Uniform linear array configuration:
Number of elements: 32
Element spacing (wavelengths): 0.25
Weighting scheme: blackman
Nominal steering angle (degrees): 0
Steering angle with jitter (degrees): -1.939
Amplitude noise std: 0.05
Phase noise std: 0.05

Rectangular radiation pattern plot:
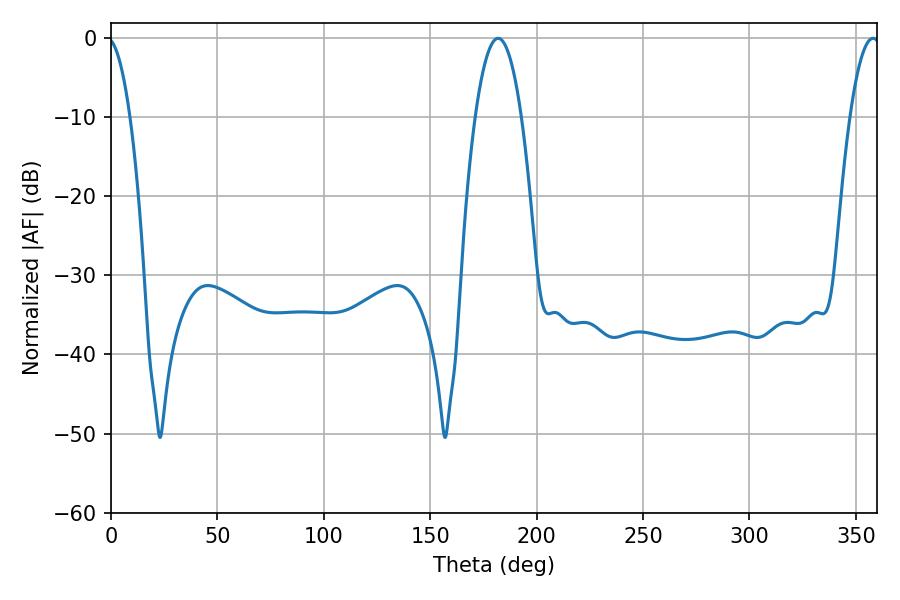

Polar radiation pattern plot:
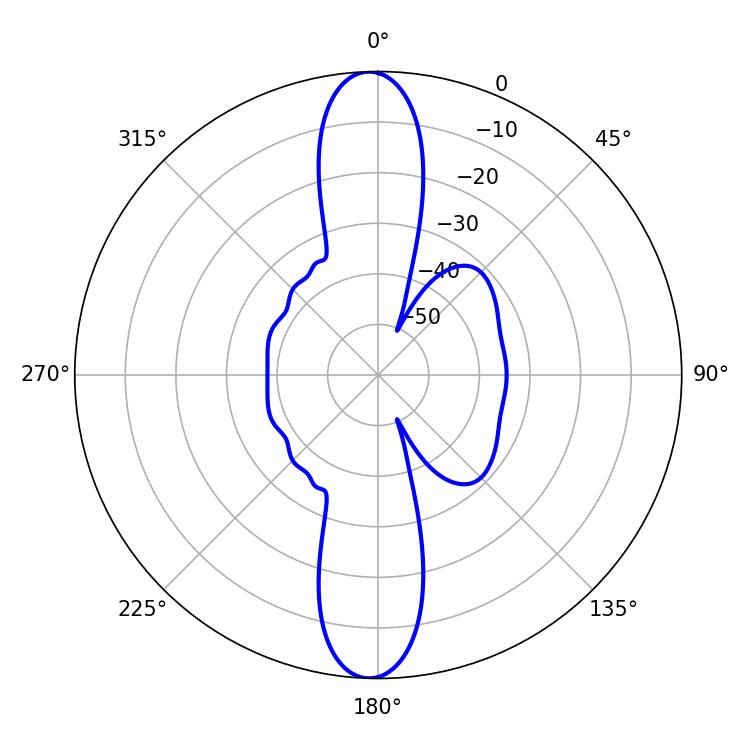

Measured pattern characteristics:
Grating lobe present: FALSE
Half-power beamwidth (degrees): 12.06
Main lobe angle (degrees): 181.98